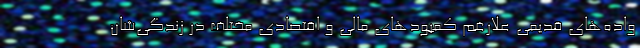
واده‌های قدیمی علارغم کمبود‌های مالی و اقتصادی مختلف در زندگی‌شان